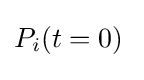
P_{i}(t=0){\frac {}{}}